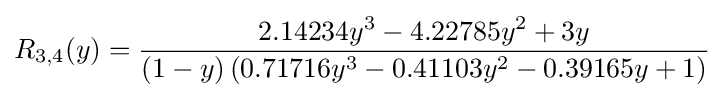
R_{3,4}(y)={\frac {2.14234y^{3}-4.22785y^{2}+3y}{(1-y)\left(0.71716y^{3}-0.41103y^{2}-0.39165y+1\right)}}